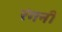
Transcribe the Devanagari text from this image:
रंगनी